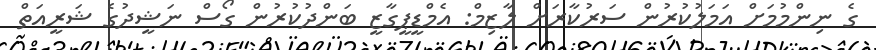
ގެ ނިންމުމަށް އަމަލުކުރުން ސަރުކާރަށް ލާޒިމް: އެމްޑީޕީގާޒީ ބަންދުކުރުން ގޯސް ނަޝީދުގެ ޝަރީއަތް